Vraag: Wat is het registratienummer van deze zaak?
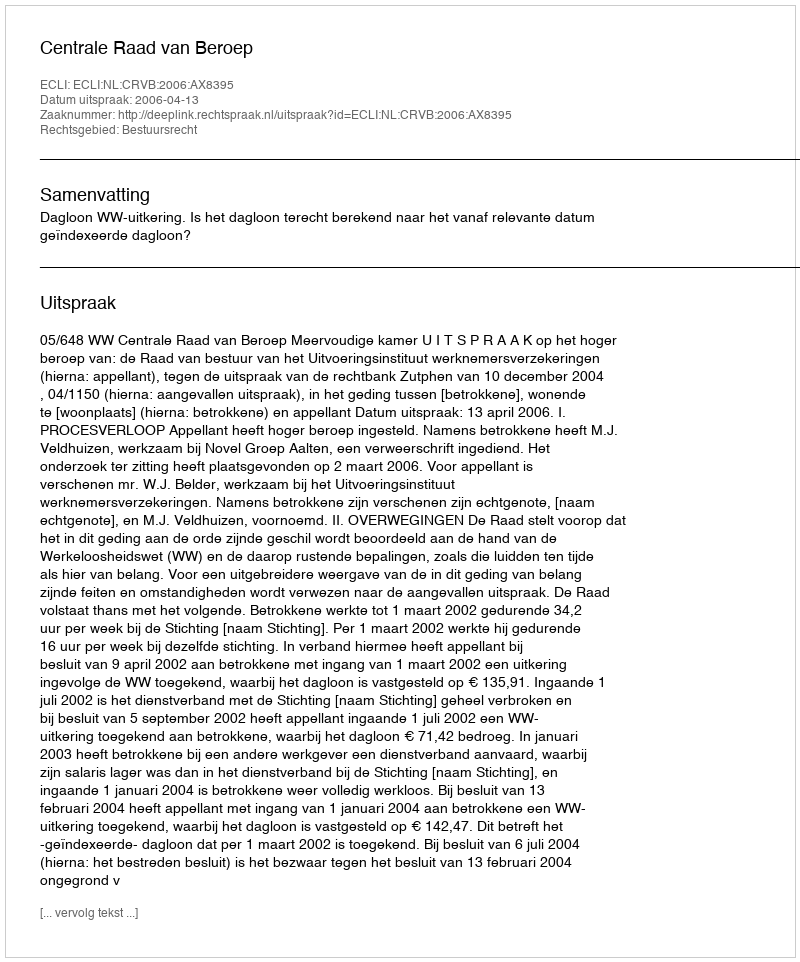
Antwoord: http://deeplink.rechtspraak.nl/uitspraak?id=ECLI:NL:CRVB:2006:AX8395